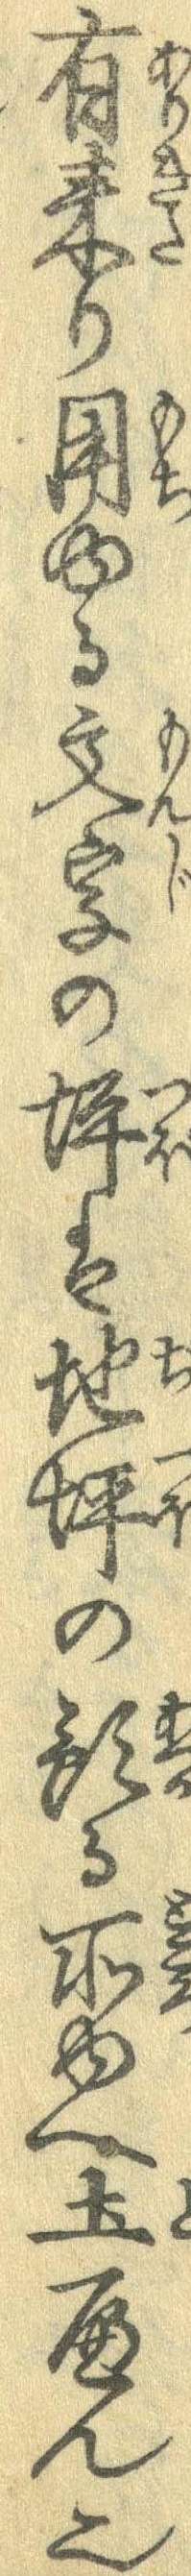
有来り用ゆる文字の坪は地坪の預る所ゆへ土へん也